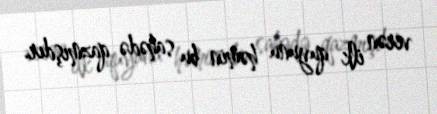
verən ilk quyunu həmin bu sahədə qazmışdır.